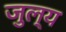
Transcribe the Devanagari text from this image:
जुल्य